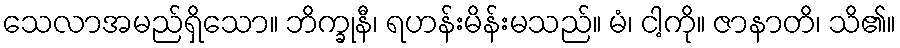
သေလာအမည်ရှိသော။ ဘိက္ခုနီ၊ ရဟန်းမိန်းမသည်။ မံ၊ ငါ့ကို။ ဇာနာတိ၊ သိ၏။